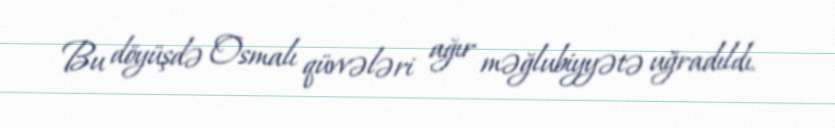
Bu döyüşdə Osmalı qüvvələri ağır məğlubiyyətə uğradıldı.